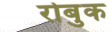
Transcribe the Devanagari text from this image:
रोबुक